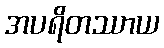
အပရိတဿာယ